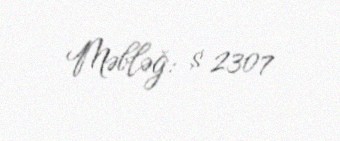
Məbləğ: $ 2307